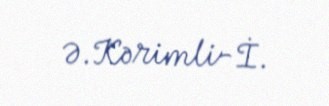
Ə.Kərimli-İ.